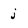
Character: j